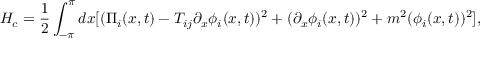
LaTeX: H _ { c } = \frac { 1 } { 2 } \int _ { - \pi } ^ { \pi } d x [ ( \Pi _ { i } ( x , t ) - T _ { i j } \partial _ { x } \phi _ { i } ( x , t ) ) ^ { 2 } + ( \partial _ { x } \phi _ { i } ( x , t ) ) ^ { 2 } + m ^ { 2 } ( \phi _ { i } ( x , t ) ) ^ { 2 } ] ,